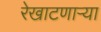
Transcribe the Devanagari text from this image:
रेखाटणाऱ्या